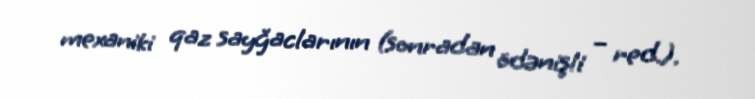
mexaniki qaz sayğaclarının (sonradan ödənişli – red.).